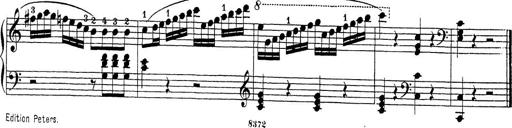
Title: Sonatina Album
Composer: Louis KÃ¶hler